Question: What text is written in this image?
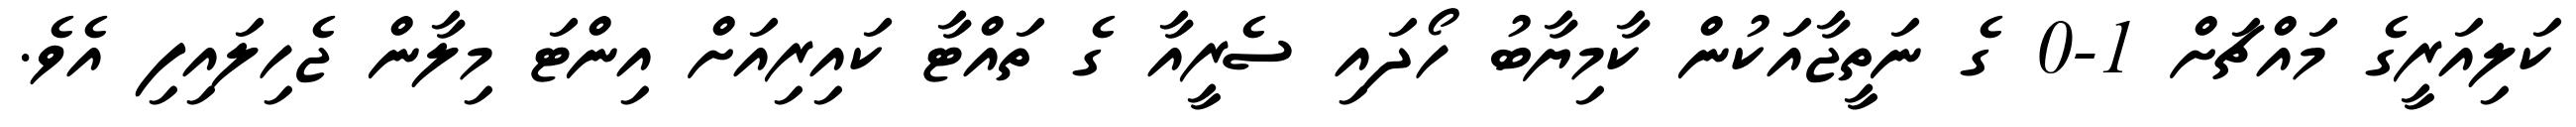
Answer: ކަލިއަރީގެ މައްޗަށް 1-0 ގެ ނަތީޖާއަކުން ކާމިޔާބު ހޯދައި ސެރީއާ ގެ ތައްޓާ ކައިރިއަށް އިންޓަ މިލާން ޖެހިލައިފި އެވެ.